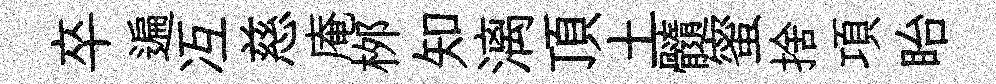
卒遍冱慈庵桞知漓頂土髓蜜捨項眙